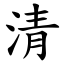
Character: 清